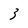
Character: 3